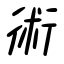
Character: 術